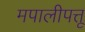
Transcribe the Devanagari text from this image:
मपालीपत्तू